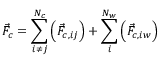
\vec { F } _ { c } = \sum _ { i \neq j } ^ { N _ { c } } \left( \vec { F } _ { c , i j } \right) + \sum _ { i } ^ { N _ { w } } \left( \vec { F } _ { c , i w } \right)